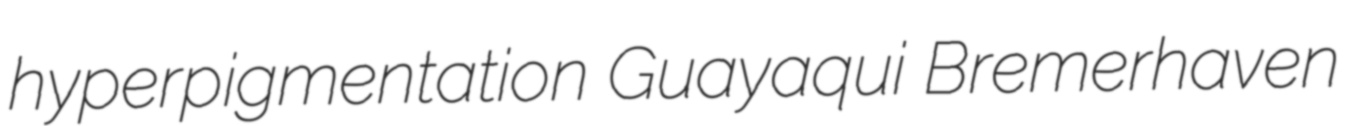
hyperpigmentation Guayaqui Bremerhaven